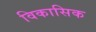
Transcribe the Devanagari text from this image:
विकासिक